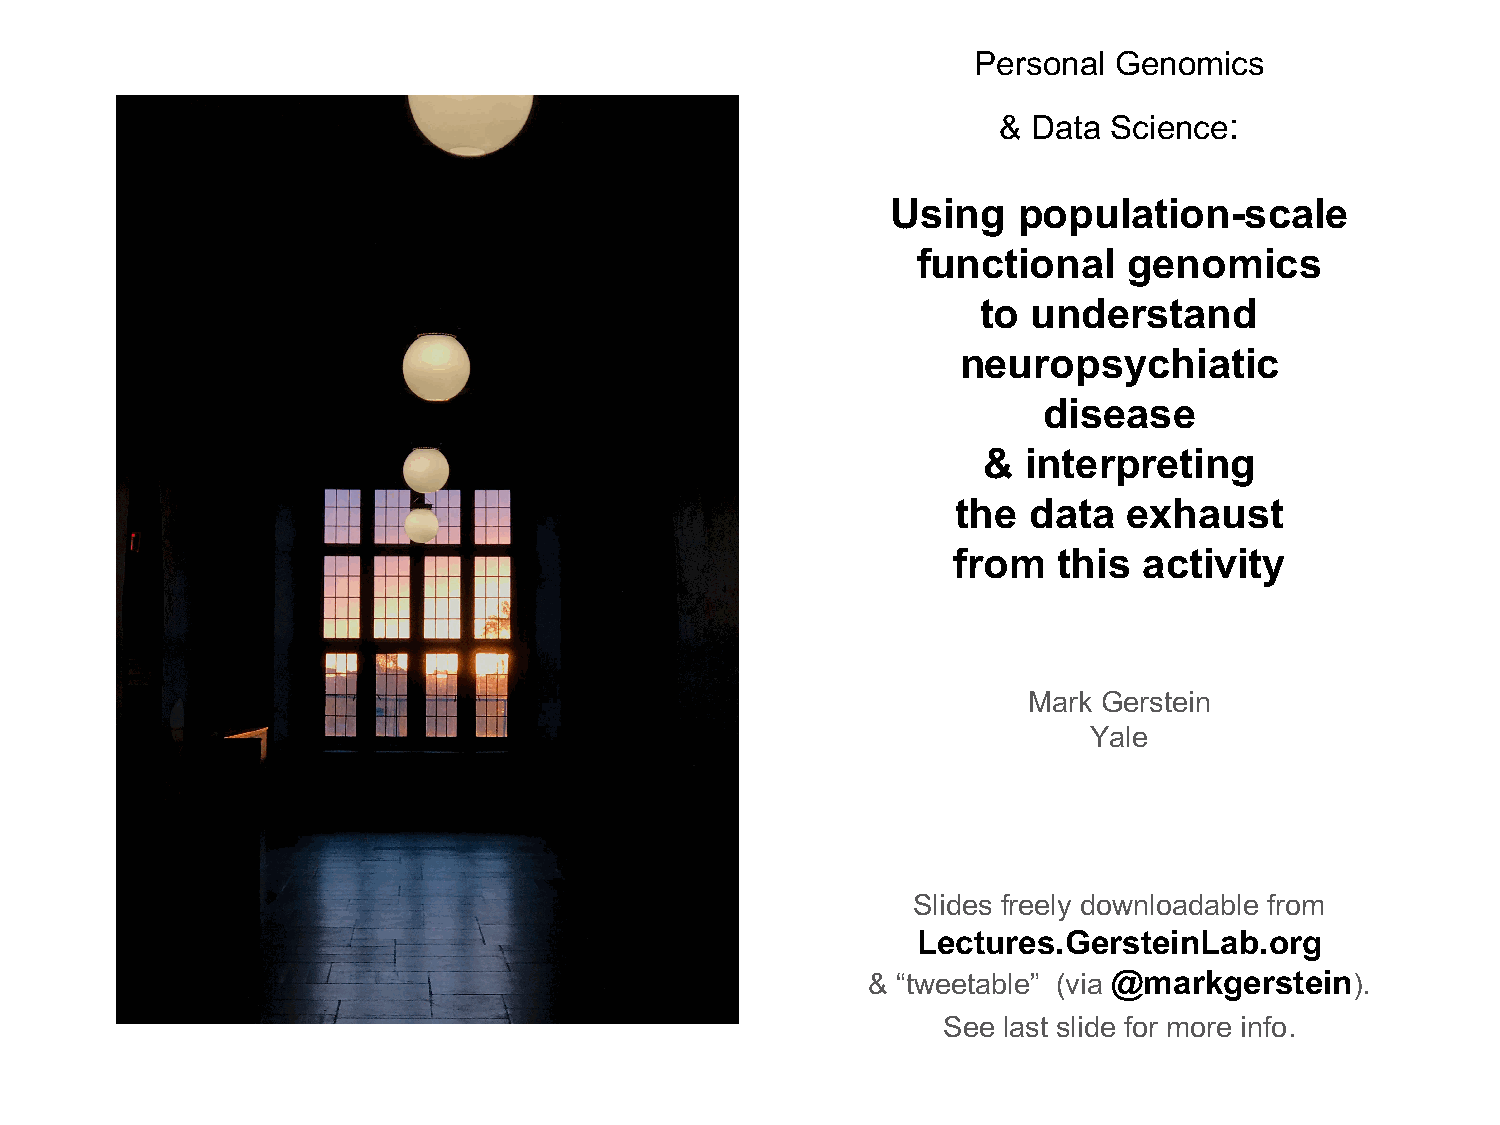
Personal  Genomics
 & Data  Science:
 Using   population-scale
 functional    genomics
 to understand
 neuropsychiatic
 disease
 &  interpreting
 the  data   exhaust
 from   this  activity
 Mark Gerstein
 Yale
 Slides freely downloadable from
 Lectures.GersteinLab.org
 & “tweetable” (via @markgerstein).
 See last slide for more info.
 -
 1
 gro.baLnietsreG.serutceL